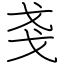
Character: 戔